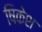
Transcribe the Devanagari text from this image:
षिकेश